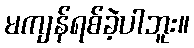
မကျန်ရစ်ခဲ့ပါဘူး။